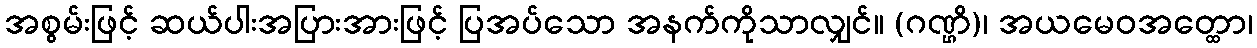
အစွမ်းဖြင့် ဆယ်ပါးအပြားအားဖြင့် ပြအပ်သော အနက်ကိုသာလျှင်။ (ဂဏ္ဌိ)၊ အယမေဝအတ္ထော၊